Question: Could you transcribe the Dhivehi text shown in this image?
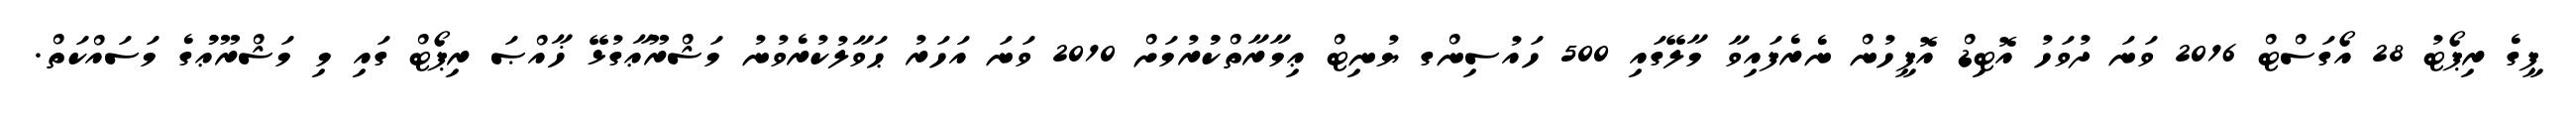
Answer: ޕީގެ ރިޕޯޓު 28 އޯގަސްޓް 2016 ވަނަ ދުވަހު އޮޓިޑް އޮފީހުން ނެރެފައިވާ މާލޭގައި 500 ހައުސިންގ ޔުނިޓް ޢިމާރާތްކުުރުމަށް 2010 ވަނަ އަހަރު ޙަވާލުކުރެވުނު މަޝްރޫޢާގުޅޭ ޚާއްޞަ ރިޕޯޓް ގައި މި މަޝްރޫޢުުގެ މަސައްކަތް.